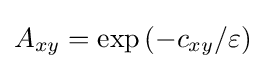
A_{xy}=\exp \left(-c_{xy}/\varepsilon \right)